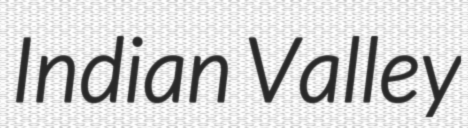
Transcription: Indian Valley